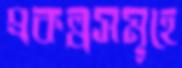
প্রকল্পসমূহে